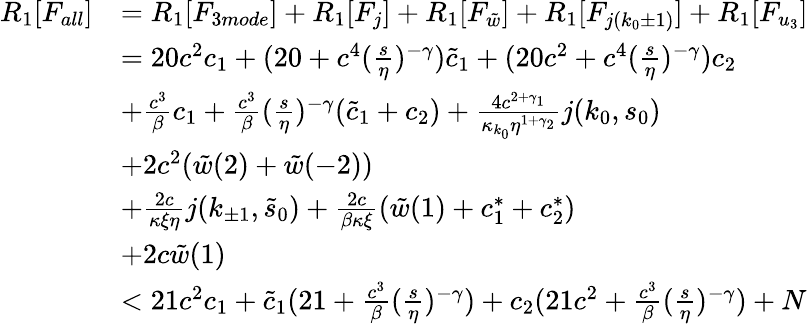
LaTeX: \begin{array}{rl}{R_{1}[F_{all}]}&{=R_{1}[F_{3mode}]+R_{1}[F_{j}]+R_{1}[F_{\tilde{w}}]+R_{1}[F_{j(k_{0}\pm 1)}]+R_{1}[F_{u_{3}}]}\\ &{=20c^{2}c_{1}+(20+c^{4}(\frac s\eta)^{-\gamma})\tilde{c}_{1}+(20c^{2}+c^{4}(\frac s\eta)^{-\gamma})c_{2}}\\ &{+\frac{c^{3}}\beta c_{1}+\frac{c^{3}}\beta(\frac s\eta)^{-\gamma}(\tilde{c}_{1}+c_{2})+\frac{4c^{2+\gamma_{1}}}{\kappa_{k_{0}}\eta^{1+\gamma_{2}}}j(k_{0},s_{0})}\\ &{+2c^{2}(\tilde{w}(2)+\tilde{w}(-2))}\\ &{+\frac{2c}{\kappa\xi\eta}j(k_{\pm 1},\tilde{s}_{0})+\frac{2c}{\beta\kappa\xi}(\tilde{w}(1)+c_{1}^{\ast}+c_{2}^{\ast})}\\ &{+2c\tilde{w}(1)}\\ &{<21c^{2}c_{1}+\tilde{c}_{1}(21+\frac{c^{3}}\beta(\frac s\eta)^{-\gamma})+c_{2}(21c^{2}+\frac{c^{3}}\beta(\frac s\eta)^{-\gamma})+N}\end{array}